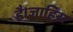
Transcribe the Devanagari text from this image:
है।जाहिरा